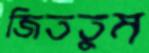
জিততুম